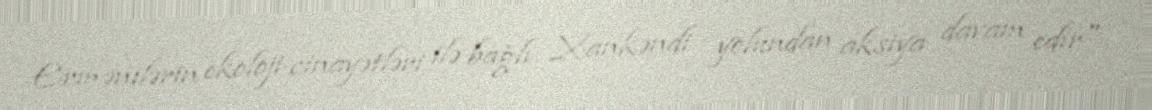
Ermənilərin ekoloji cinayətləri ilə bağlı Xankəndi yolundan aksiya davam edir"